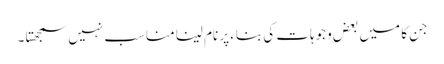
جن کا میں بعض وجوہات کی بناء پر نام لینا مناسب نہیں سمجھتا ۔